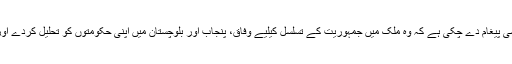
ذرائع کا کہنا ہے کہ پیپلز پارٹی ن لیگ کو پس پردہ اہم سیاسی پیغام دے چکی ہے کہ وہ ملک میں جمہوریت کے تسلسل کیلیے وفاق، پنجاب اور بلوچستان میں اپنی حکومتوں کو تحلیل کردے اور عبوری حکومتوں کے قیام کیلیے بات چیت کا آغاز کرے۔